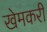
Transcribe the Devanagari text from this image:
खेमकरी